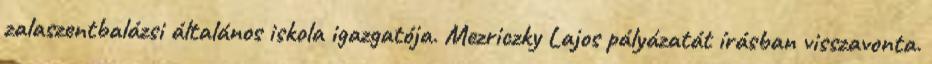
zalaszentbalázsi általános iskola igazgatója. Mezriczky Lajos pályázatát írásban visszavonta.